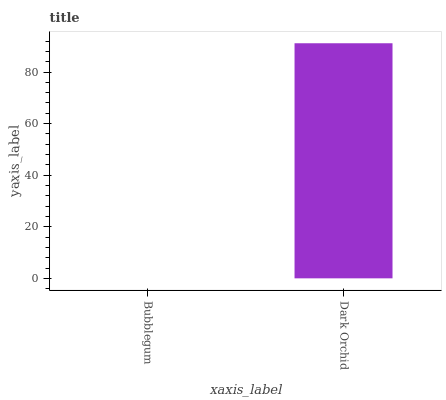
| xaxis_label | bars |
 | --- | --- |
 | Bubblegum | 0 |
 | Dark Orchid | 91.2 |